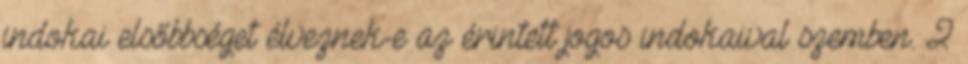
indokai elsőbbséget élveznek-e az érintett jogos indokaival szemben. 2